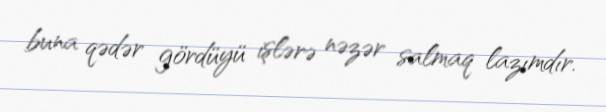
buna qədər gördüyü işlərə nəzər salmaq lazımdır.